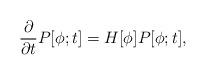
LaTeX: \begin{align*}\frac{\partial}{\partial t}P[\phi;t]=H[\phi]P[\phi;t],\end{align*}